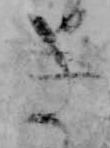
き